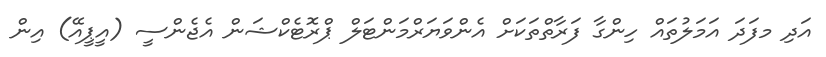
އަދި މފަދަ އަމަލުތައް ހިންގާ ފަރާތްތަކަށް އެންވަޔަރްމަންޓަލް ޕްރޮޓެކްޝަން އެޖެންސީ (އީޕީއޭ) އިން